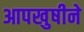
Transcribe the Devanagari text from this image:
आपखुषीने